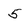
Character: 5